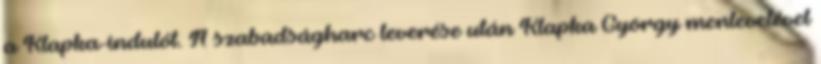
a Klapka-indulót. A szabadságharc leverése után Klapka György menlevelével